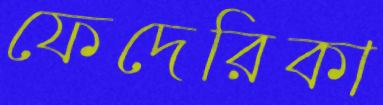
ফেদেরিকা